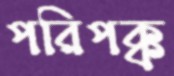
পরিপক্ক